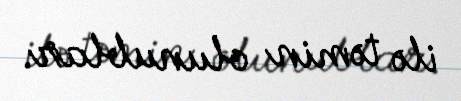
ilə təmin olunublar.